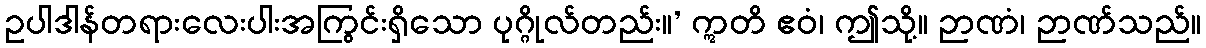
ဥပါဒါန်တရားလေးပါးအကြွင်းရှိသော ပုဂ္ဂိုလ်တည်း။’ ဣတိ ဧဝံ၊ ဤသို့။ ဉာဏံ၊ ဉာဏ်သည်။